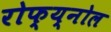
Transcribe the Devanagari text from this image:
रोफ्य्नोल